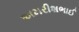
અમરીશભાઈ